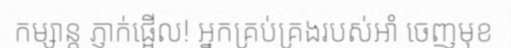
កម្សាន្ត ភ្ញាក់ផ្អើល! អ្នកគ្រប់គ្រងរបស់អាំ ចេញមុខ